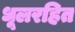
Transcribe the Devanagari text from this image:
धूलरहित